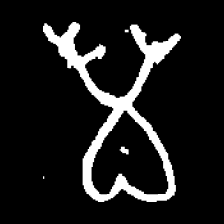
Pyu character \u2014 Myanmar letter: မ (romanized: ma)